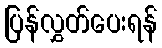
ပြန်လွှတ်ပေးရန်